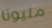
مليونا